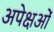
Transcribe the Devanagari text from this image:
अपेक्षओं